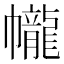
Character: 𱜼